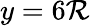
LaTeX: y=6\mathcal{R}